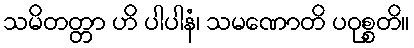
သမိတတ္တာ ဟိ ပါပါနံ၊ သမဏောတိ ပဝုစ္စတိ။